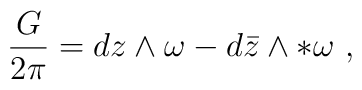
{G\over 2\pi} = dz \wedge \omega - d{\bar z} \wedge *\omega \ ,